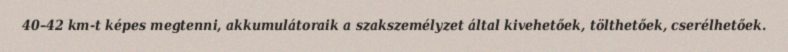
40–42 km-t képes megtenni, akkumulátoraik a szakszemélyzet által kivehetőek, tölthetőek, cserélhetőek.